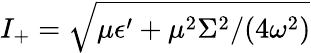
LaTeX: I_{+}=\sqrt{\mu\epsilon^{\prime}+\mu^{2}\Sigma^{2}/(4\omega^{2})}